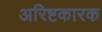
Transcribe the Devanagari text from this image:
अरिष्टकारक